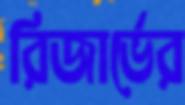
রিজার্ভের